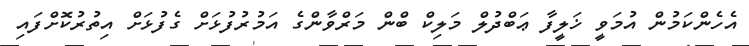
އެހެންކަމުން އުމަވީ ޚަލީފާ ޢަބްދުލް މަލިކް ބްން މަރްވާންގެ އަމުރުފުޅަށް ގެފުޅަށް އިތުރުކޮށްފައި